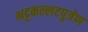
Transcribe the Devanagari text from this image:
भट्टकल्लटपुत्रेण